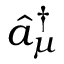
\hat { a } _ { \mu } ^ { \dagger }